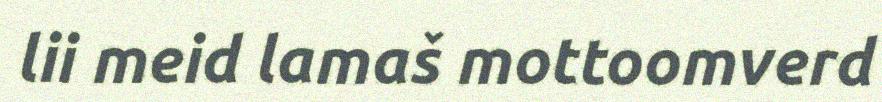
lii meid lamaš mottoomverd